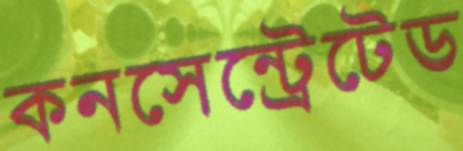
কনসেন্ট্রেটেড